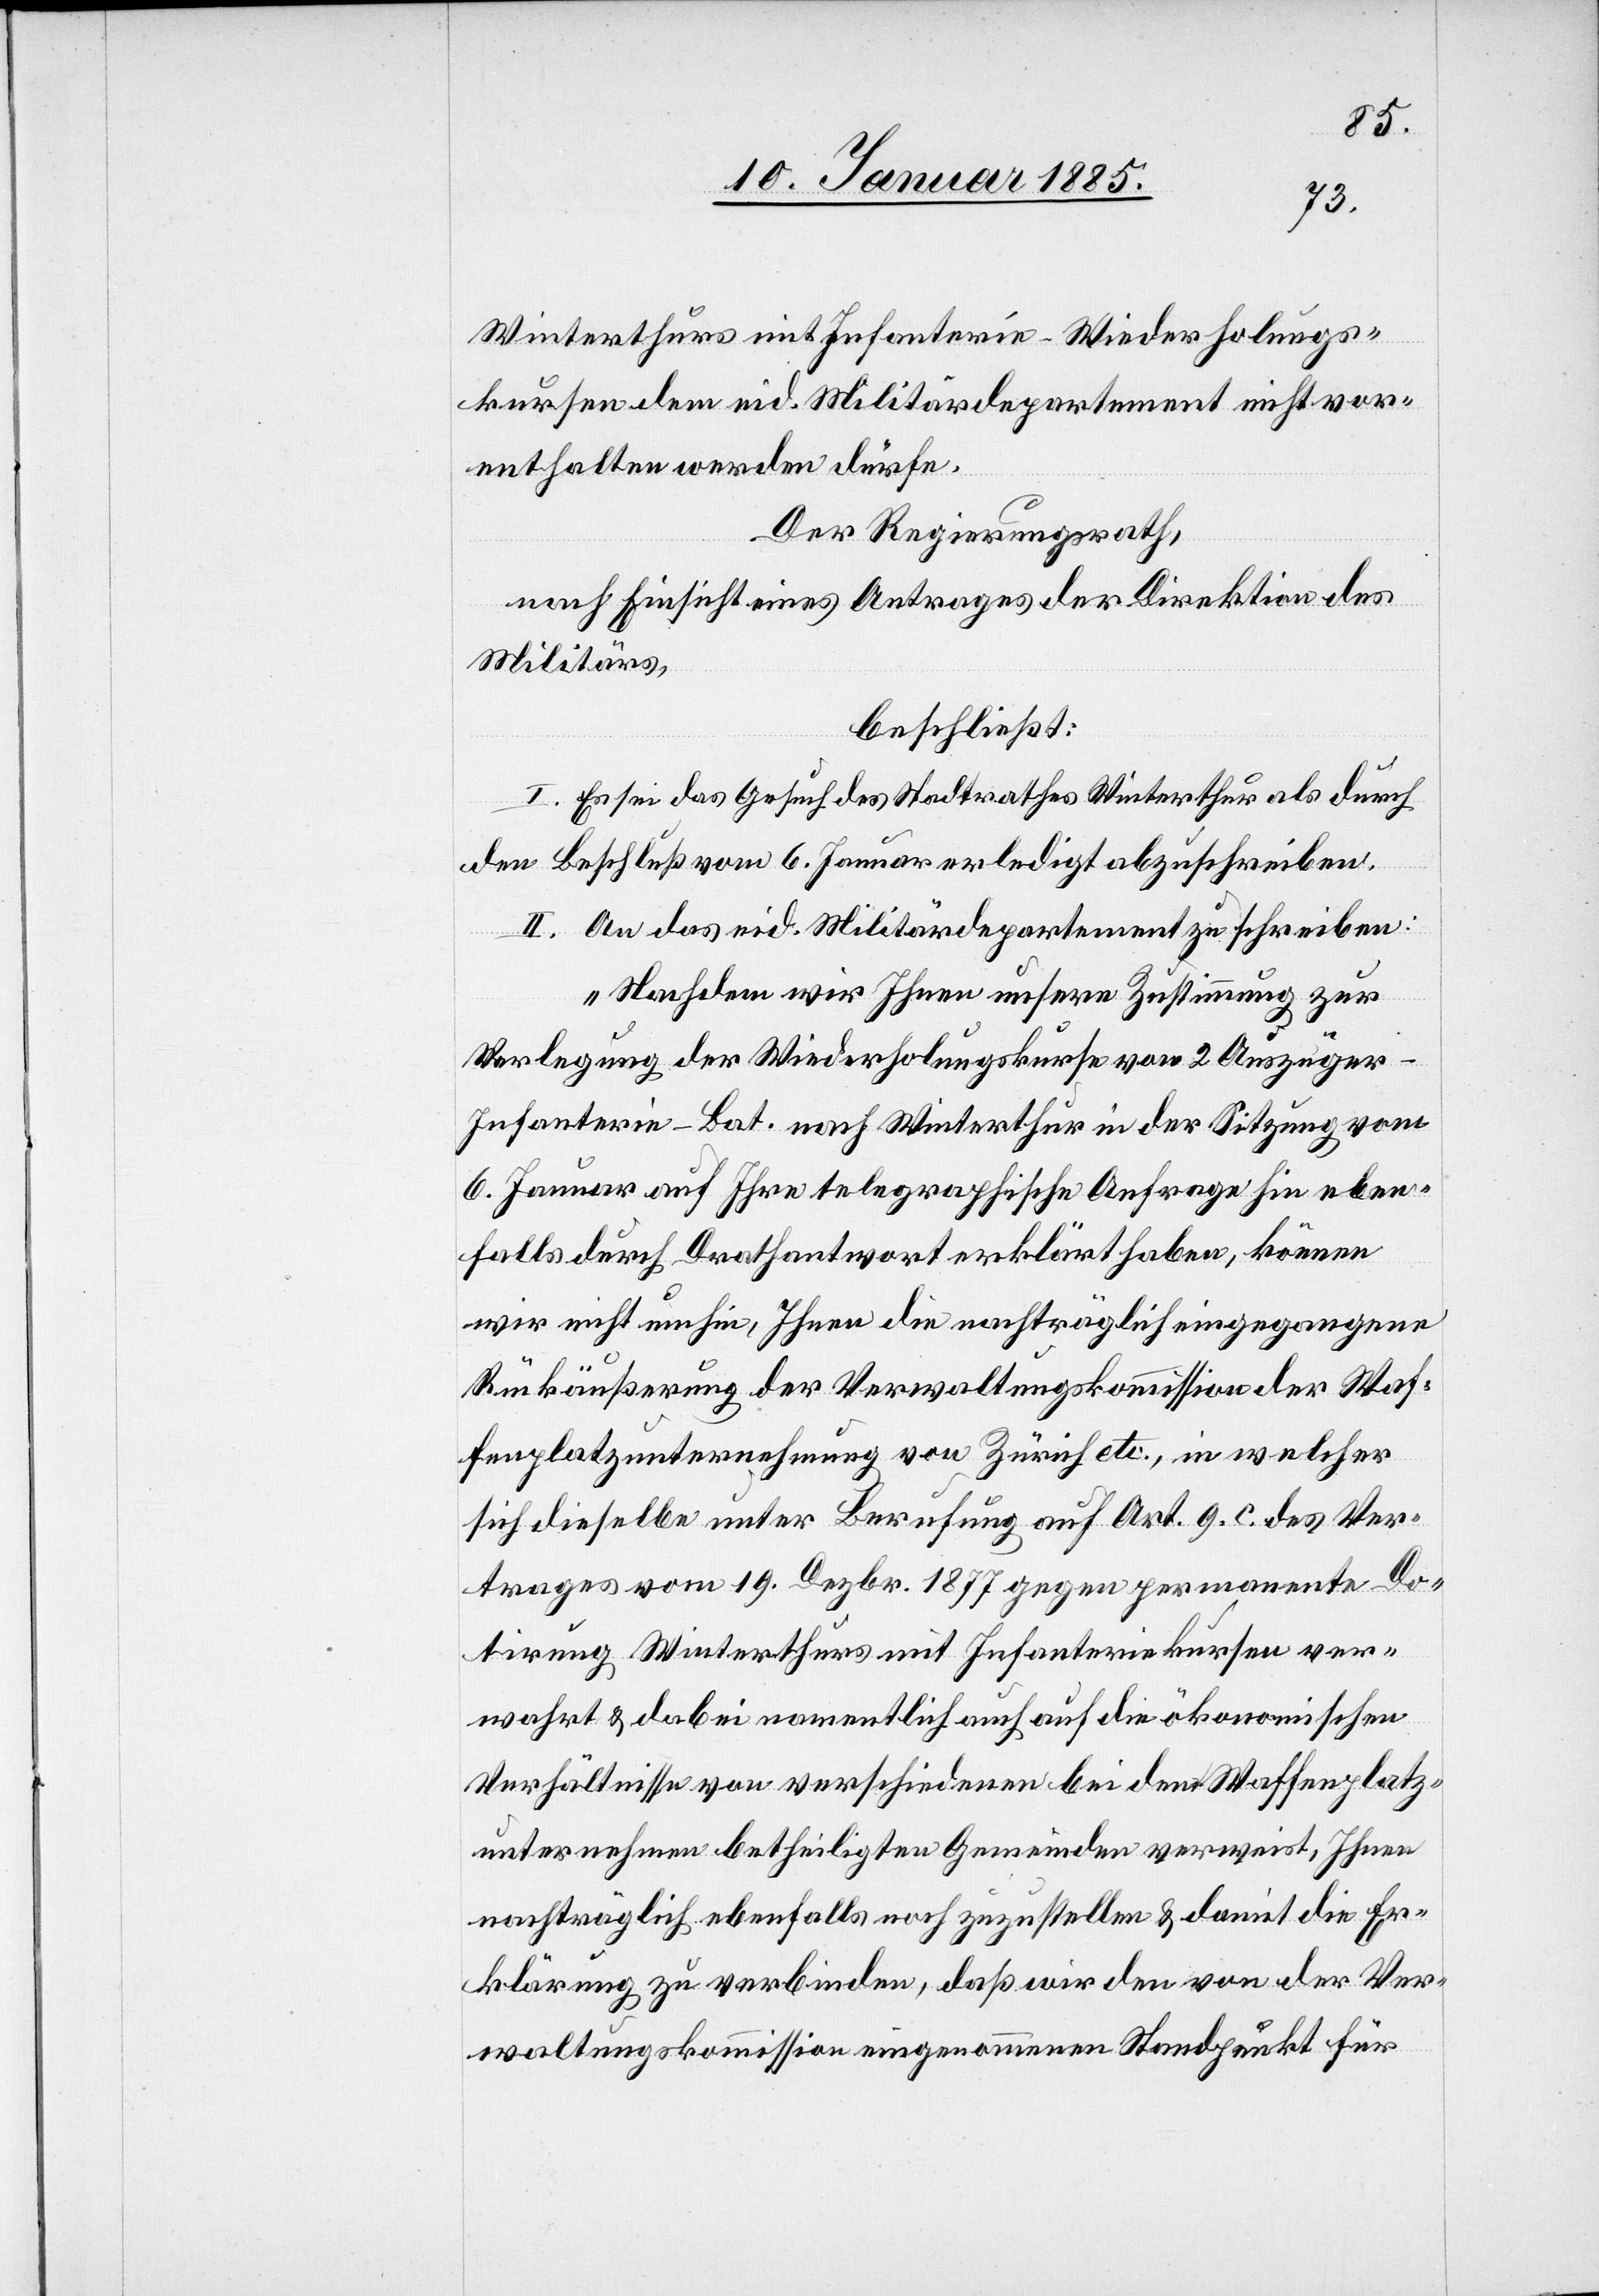
Winterthurs mit Infanterie-Wiederholungs¬
kursen dem eid. Militärdepartement nicht vor¬
enthalten werden dürfe.
Der Regierungsrath,
nach Einsicht eines Antrages der Direktion des
Militärs,
beschließt:
I. Es sei das Gesuch des Stadtrathes Winterthur als durch
den Beschluß vom 6. Januar erledigt abzuschreiben.
II. An das eid. Militärdepartement zu schreiben:
„Nachdem wir Ihnen unsere Zustimmung zur
Verlegung der Wiederholungskurse von 2 Auszüger-I¬
nfanterie.-Bat. nach Winterthur in der Sitzung vom
6. Januar auf Ihre telegraphische Anfrage hin eben¬
falls durch Drathantwort erklärt haben, können
wir nicht umhin, Ihnen die nachträglich eingegangene
Rückäußerung der Verwaltungskommission der Waf¬
fenplatzunternehmung von Zürich etc., in welcher
sich dieselbe unter Berufung auf Art. 9. c. des Ver¬
trages vom 19. Dezbr. 1877 gegen permanente Do¬
tirung Winterthurs mit Infanteriekursen ver¬
wahrt & dabei namentlich auch auf die ökonomischen
Verhältnisse von verschiedenen bei den Waffenplatz
unternehmen betheiligten Gemeinde verweist, Ihnen
nachträglich ebenfalls noch zuzustellen & damit die Er¬
klärung zu verbinden, daß wir den von der Ver¬
waltungskommission eingenommenen Standpunkt für